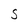
Character: S